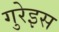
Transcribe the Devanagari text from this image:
गुरेइस